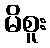
မိစူး